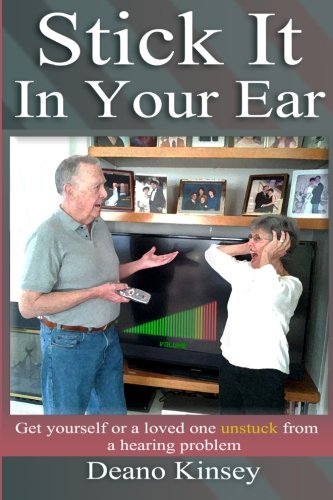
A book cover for Stick it in Your Ear: Get yourself or a loved one unstuck from a hearing problem; deano kinsey; Health, Fitness & Dieting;